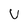
Character: U